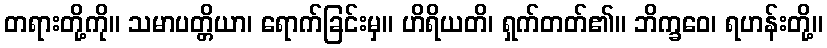
တရားတို့ကို။ သမာပတ္တိယာ၊ ရောက်ခြင်းမှ။ ဟိရိယတိ၊ ရှက်တတ်၏။ ဘိက္ခဝေ၊ ရဟန်းတို့။